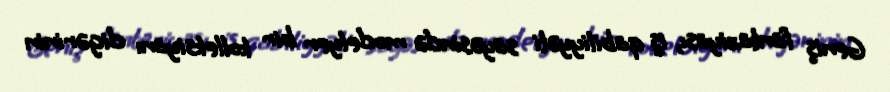
Geniş fantaziyası, iş qabiliyyəti sayəsində modelyer bir kolleksiyanı digərinin